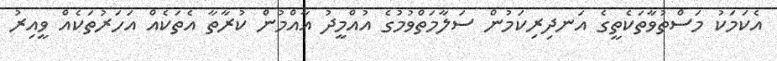
އެކަމަކު މަސްތުވާތަކެތީގެ އަނދިރިކަމުން ސަލާމަތްވުމުގެ އުއްމީދު އާއްމުން ކުރާތާ އެތަކެއް އަހަރުތަކެއް ވީއިރު